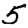
Digit: 5